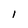
Character: l